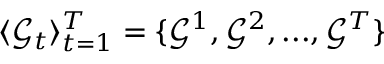
\langle \mathcal { G } _ { t } \rangle _ { t = 1 } ^ { T } = \{ \mathcal { G } ^ { 1 } , \mathcal { G } ^ { 2 } , . . . , \mathcal { G } ^ { T } \}